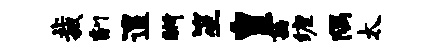
裁副遑晰笙皇茜缠隅太